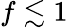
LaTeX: f\lesssim 1